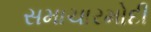
સમાચારમોદી